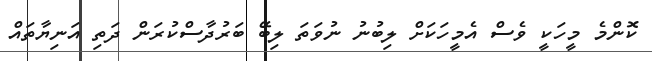
ކޮންމެ މީހަކީ ވެސް އެމީހަކަށް ލިބުނު ނުވަތަ ލިބޭ ބަރުދާސްކުރަން ދަތި އަނިޔާތައް